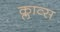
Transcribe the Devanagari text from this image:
क्लाव्स